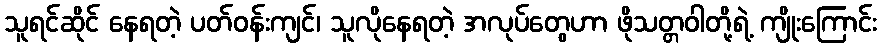
သူရင်ဆိုင် နေရတဲ့ ပတ်ဝန်းကျင်၊ သူလိုနေရတဲ့ အလုပ်တွေဟာ ဖိုသတ္တဝါတို့ရဲ့ ကျိုးကြောင်း